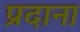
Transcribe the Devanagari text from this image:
प्रदाना